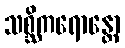
သစ္ဆိကရောန္တော